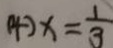
( 4 ) x = \frac { 1 } { 3 }